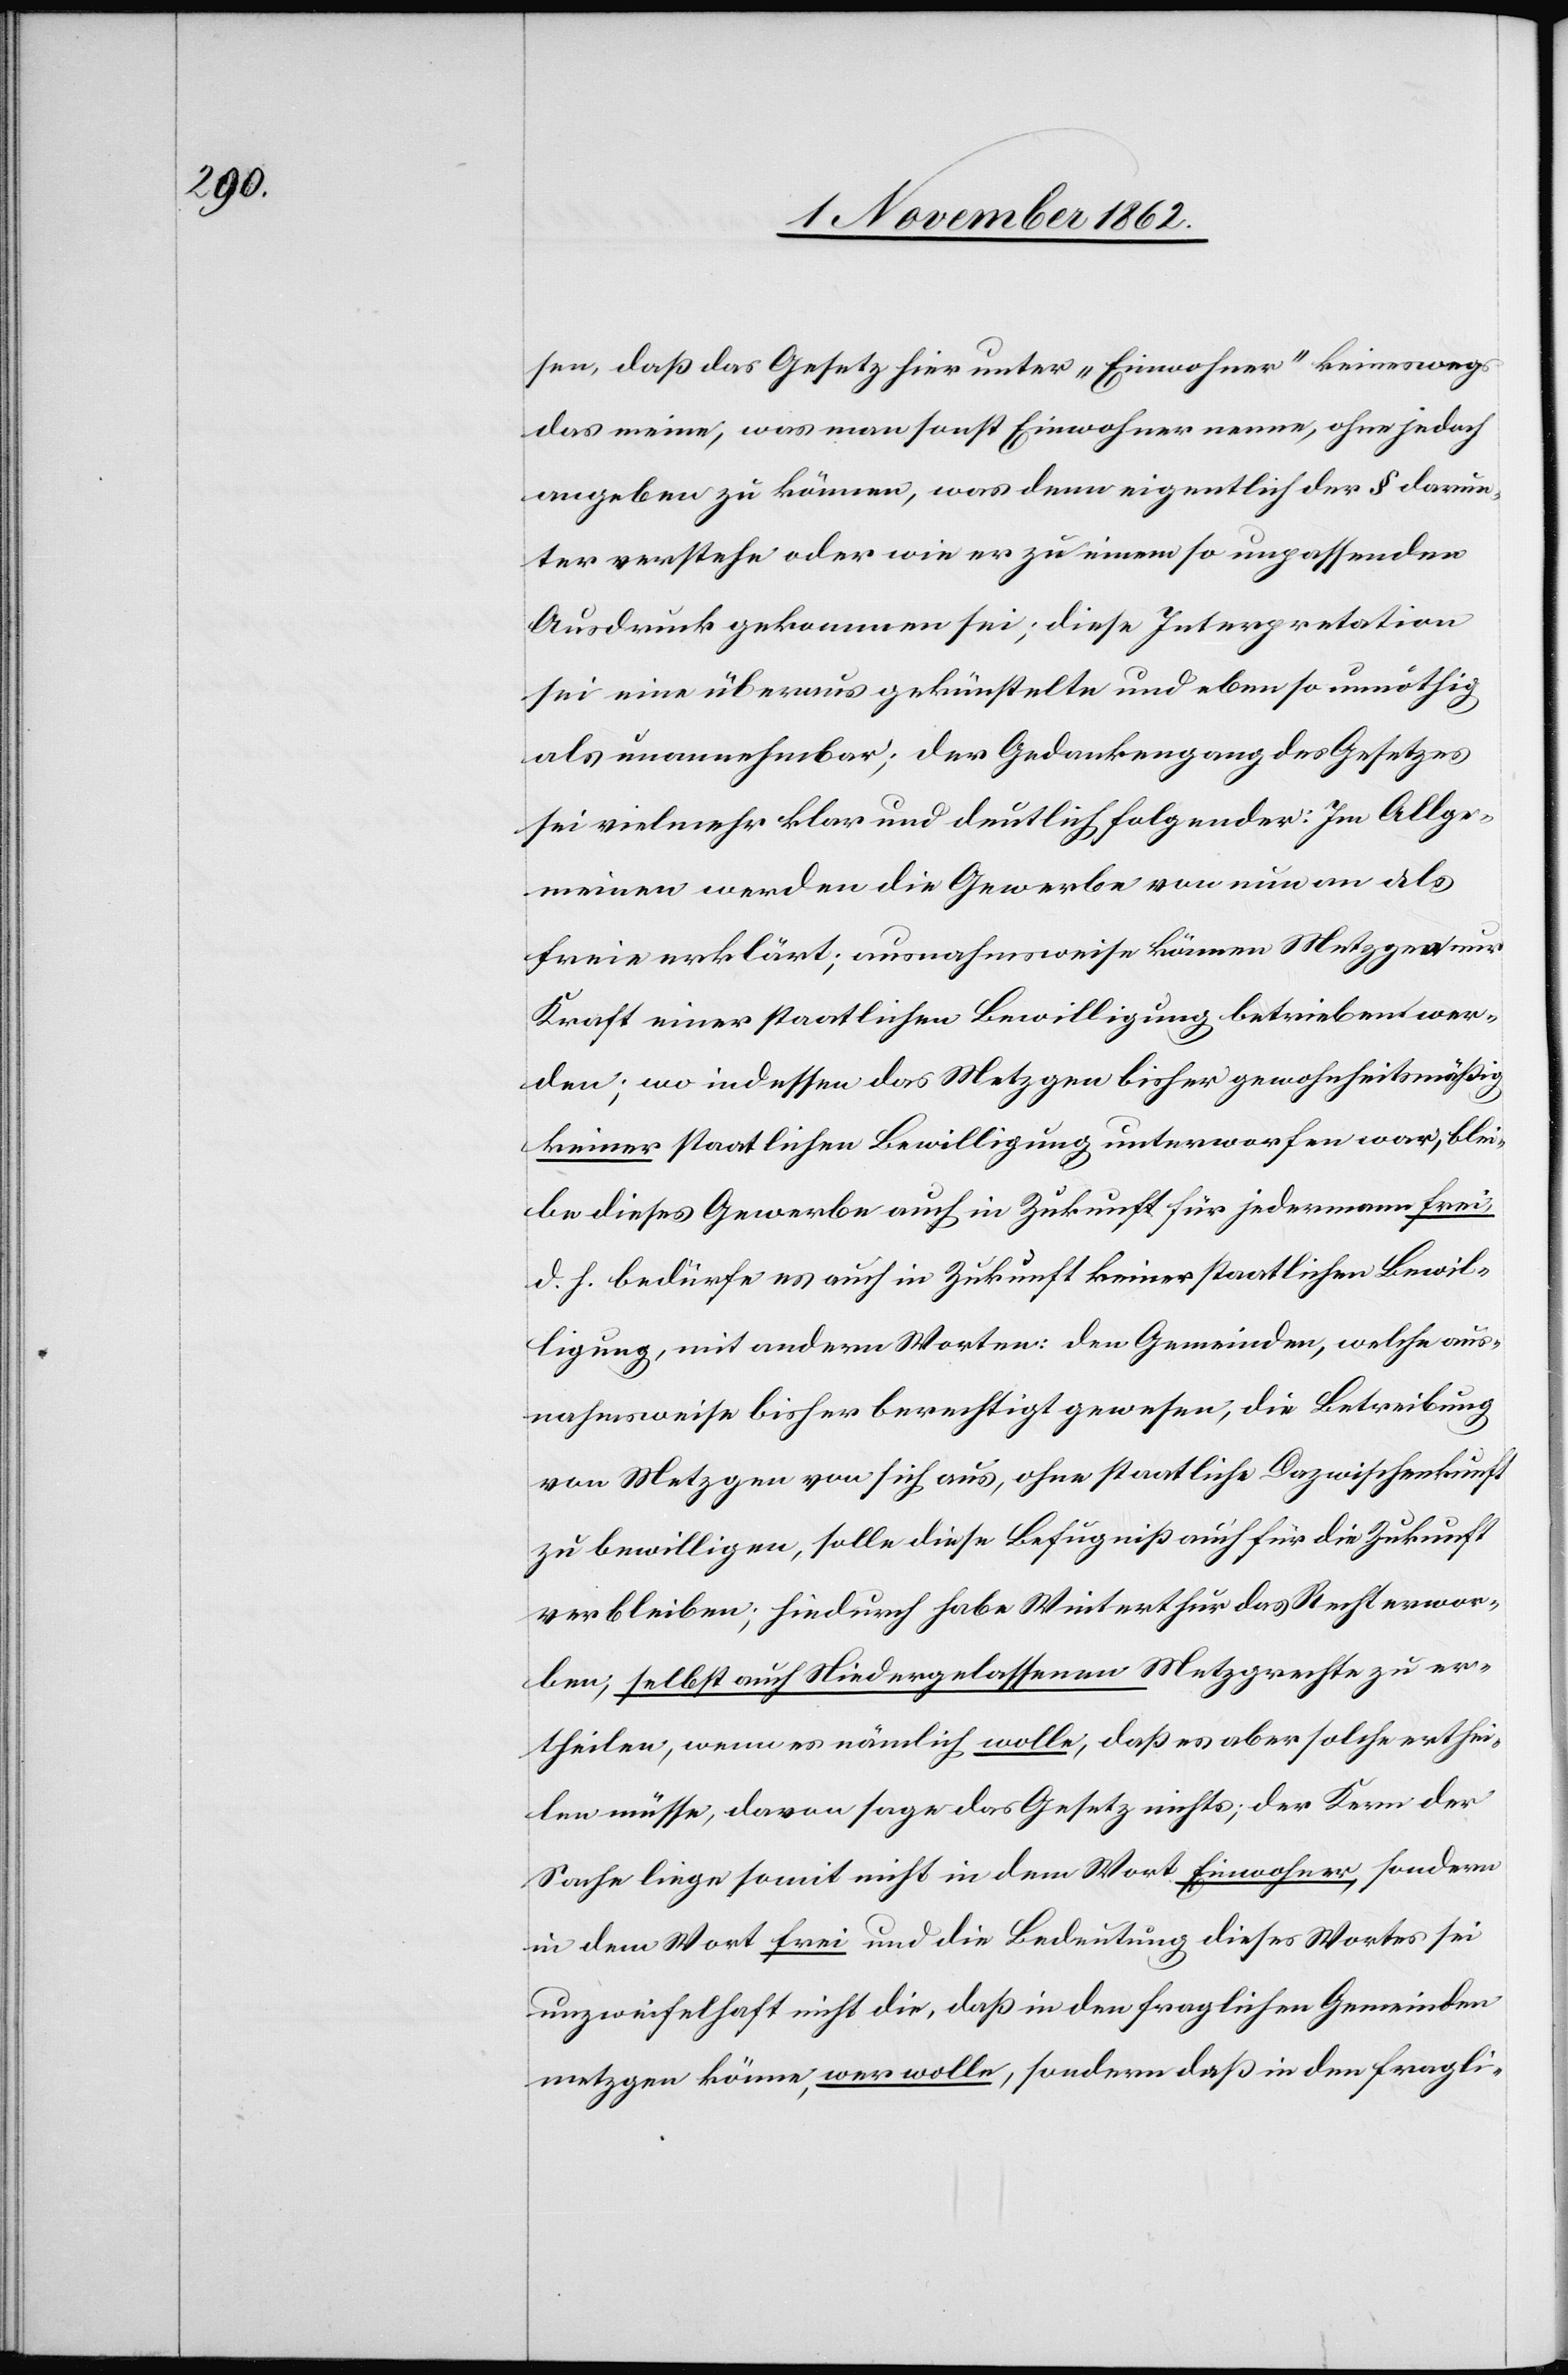
sen, daß das Gesetz hier unter „Einwohner“ keineswegs
das meine, was man sonst Einwohner nenne, ohne jedoch
angeben zu können, was denn eigentlich der § darun¬
ter verstehe oder wie er zu einem so unpassenden
Ausdruck gekommen sei; diese Interpretation
sei eine überaus gekünstelte und eben so unnöthig
als unannehmbar; der Gedankengang des Gesetzes
sei vielmehr klar und deutlich folgender: Im Allge¬
meinen werden die Gewerbe von nun an als
freie erklärt, ausnahmsweise können Metzgen nur
Kraft einer staatlichen Bewilligung betrieben wer¬
den; wo indessen das Metzgen bisher gewohnheitsmäßig
keiner staatlichen Bewilligung unterworfen war, blei¬
be dieses Gewerbe auch in Zukunft für jedermann frei,
d. h. bedürfe es auch in Zukunft keiner staatlichen Bewil¬
ligung, mit andern Worten: den Gemeinden, welche aus¬
nahmsweise bisher berechtigt gewesen, die Betreibung
von Metzgen von sich aus, ohne staatliche Dazwischenkunft
zu bewilligen, sollen diese Befugniß auch für die Zukunft
verbleiben; hiedurch habe Winterthur das Recht erwor¬
ben, selbst auch Niedergelassenen Metzgrechte zu er¬
theilen, wenn es nämlich wolle, daß es aber solche erthei¬
len müsse, davon sage das Gesetz nichts; der Kern der
Sache liege somit nicht in dem Wort Einwohner, sondern
in dem Wort frei und die Bedeutung dieses Wortes sei
unzweifelhaft nicht die, daß in den fraglichen Gemeinden
metzgen könne, wer wolle, sondern daß in den fragli-